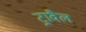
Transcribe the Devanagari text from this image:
ट्रावैल